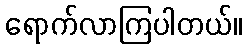
ရောက်လာကြပါတယ်။